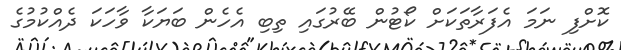
ކޮށްފި ނަމަ އެފަރާތަކަށް ކޯޓުން ބޭރުގައި ތިބި އެހެން ބަޔަކާ ވާހަކަ ދެއްކުމުގެ